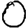
Digit: 0